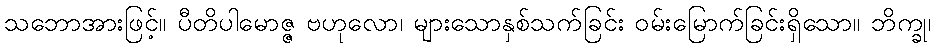
သဘောအားဖြင့်။ ပီတိပါမောဇ္ဇ ဗဟုလော၊ များသောနှစ်သက်ခြင်း ဝမ်းမြောက်ခြင်းရှိသော။ ဘိက္ခု၊